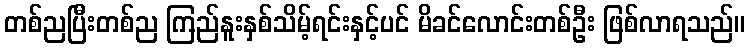
တစ်ညပြီးတစ်ည ကြည်နူးနှစ်သိမ့်ရင်းနှင့်ပင် မိခင်လောင်းတစ်ဦး ဖြစ်လာရသည်။